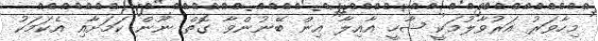
މިހާވަރު އަރުވާލުމަކީ ޝާހީ އާއިލާ އިން ބޭނުންވާ ގޮތް ނޫން ކަމަށާއި އެކަމަކު